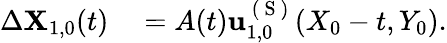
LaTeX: \begin{array}{rl}{\Delta\mathbf{X}_{1,0}(t)}&{{}=A(t)\mathbf{u}_{1,0}^{\mathrm{~(~S~)~}}(X_{0}-t,Y_{0}).}\end{array}